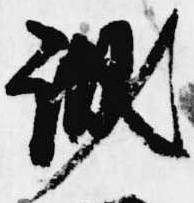
誠